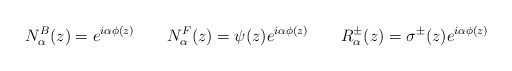
\begin{align*}N_\alpha ^B(z)=e^{i\alpha \phi (z)}\qquad N_\alpha ^F(z)=\psi(z)e^{i\alpha \phi (z)}\qquad R_\alpha ^{\pm }(z)=\sigma ^{\pm }(z)e^{i\alpha \phi (z)} \end{align*}